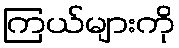
ကြယ်များကို